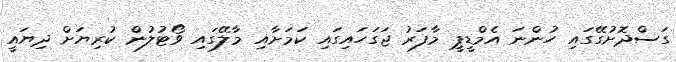
ގަސްދޮށުގޭގައި ހުންނަ އެމްޑީޕީ މާފަރު ޖަގަހައިގައި ކަމަށާއި މާލޭގައި ވޯޓުލުން ކުރިޔަށް ދިޔައީ